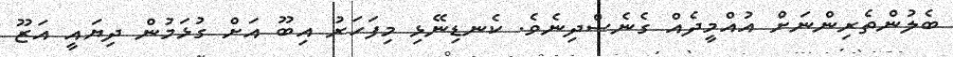
ބެލުންތެރިންނަށް އުއްމީދެއް ގެނެސްދިނެވެ. ކެނޑިނޭޅި މިފަހަރު އިބޫ އަށް ގުޅަމުން ދިޔައީ އަޒޫ